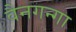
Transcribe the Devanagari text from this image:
वैनगन्गा